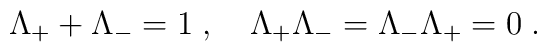
\Lambda_{+} + \Lambda_{-} = 1 \; , \quad   \Lambda_{+}\Lambda_{-} = \Lambda_{-}\Lambda_{+} = 0  \;  .